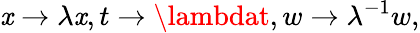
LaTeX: \mathit{x}\to\lambda\mathit{x},t\to\lambdat,w\to\lambda^{-1}w,